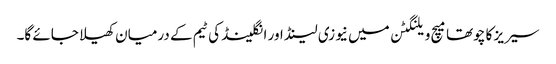
سیریز کا چوتھا میچ ویلنگٹن میں نیوزی لینڈ اور انگلینڈ کی ٹیم کے درمیان کھیلا جائے گا۔